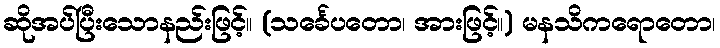
ဆိုအပ်ပြီးသောနည်းဖြင့်။ (သင်္ခေပတော၊ အားဖြင့်။) မနသိကရောတော၊